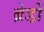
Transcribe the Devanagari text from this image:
ब्रेडों